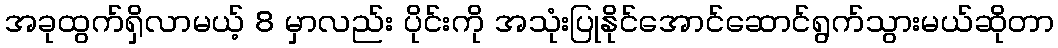
အခုထွက်ရှိလာမယ့် 8 မှာလည်း ပိုင်းကို အသုံးပြုနိုင်အောင်ဆောင်ရွက်သွားမယ်ဆိုတာ